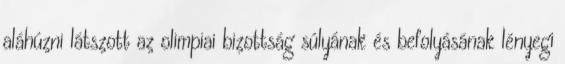
aláhúzni látszott az olimpiai bizottság súlyának és befolyásának lényegi